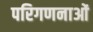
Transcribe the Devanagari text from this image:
परिगणनाओं